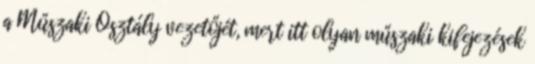
a Műszaki Osztály vezetőjét, mert itt olyan műszaki kifejezések